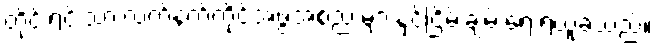
တိုင်းရင်းသားလက်နက်ကိုင်အဖွဲ့အစည်းများနှင့်ငြိမ်းချမ်းရေးရယူခဲ့သည်။